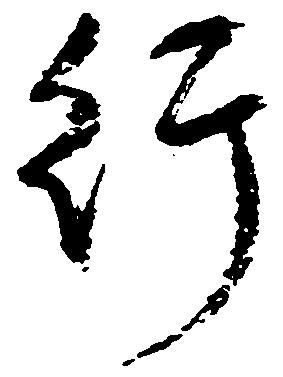
行